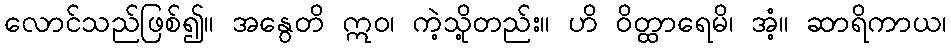
လောင်သည်ဖြစ်၍။ အနွေတိ ဣဝ၊ ကဲ့သို့တည်း။ ဟိ ဝိတ္ထာရေမိ၊ အံ့။ ဆာရိကာယ၊